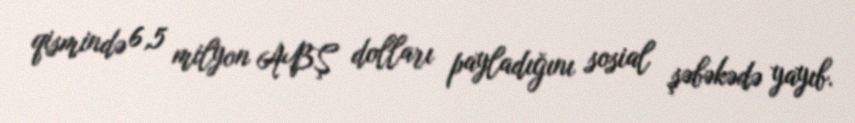
qismində 6,5 milyon ABŞ dolları payladığını sosial şəbəkədə yayıb.